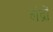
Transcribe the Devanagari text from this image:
लंद्रों